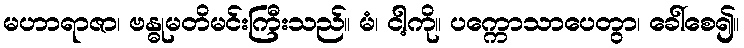
မဟာရာဇာ၊ ဗန္ဓုမတိမင်းကြီးသည်။ မံ၊ ငါ့ကို။ ပက္ကောသာပေတွာ၊ ခေါ်စေ၍။